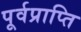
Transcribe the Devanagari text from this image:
पूर्वप्राप्ति